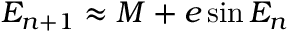
E _ { n + 1 } \approx M + e \sin { E _ { n } }